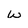
Character: w